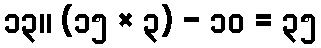
၁၃။ (၁၅ × ၃) - ၁၀ = ၃၅